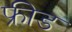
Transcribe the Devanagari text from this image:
फ्रीड